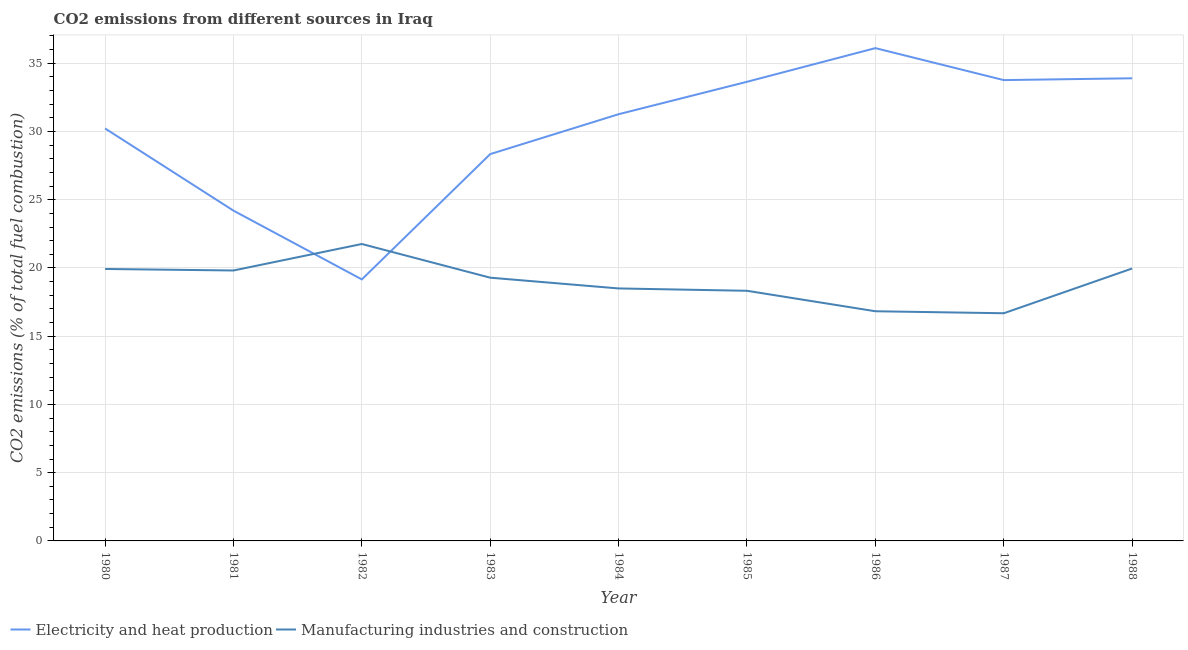
| Year | Electricity and heat production | Manufacturing industries and construction |
 | --- | --- | --- |
 | 1980 | 30.2 | 19.9 |
 | 1981 | 24.2 | 19.8 |
 | 1982 | 19.2 | 21.8 |
 | 1983 | 28.3 | 19.3 |
 | 1984 | 31.3 | 18.5 |
 | 1985 | 33.6 | 18.3 |
 | 1986 | 36.1 | 16.8 |
 | 1987 | 33.8 | 16.7 |
 | 1988 | 33.9 | 20 |